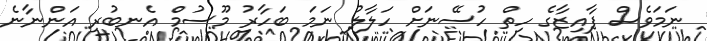
ނަމަވެސް ފާއިޒާގެ ހިތް ހުސޭނަށް ހަލާލު ނަމަ ބަހާރު މޫސުމް އެނބުރި އަންނާނެ